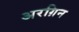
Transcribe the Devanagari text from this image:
अरग़िन